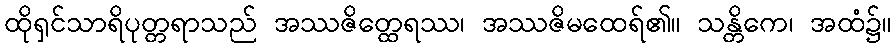
ထိုရှင်သာရိပုတ္တရာသည် အဿဇိတ္ထေရဿ၊ အဿဇိမထေရ်၏။ သန္တိကေ၊ အထံ၌။